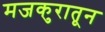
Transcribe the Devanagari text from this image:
मजकुरातून